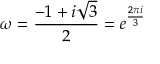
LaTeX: \omega = { \frac { - 1 + i { \sqrt { 3 } } } { 2 } } = e ^ { \frac { 2 \pi i } { 3 } }